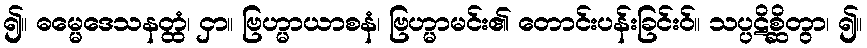
၍။ ဓမ္မေဒေသနတ္ထံ၊ ငှာ။ ဗြဟ္မာယာစနံ၊ ဗြဟ္မာမင်း၏ တောင်းပန်းခြင်းဝ်။ သပ္ပဋိစ္ဆိတွာ၊ ၍။